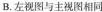
B.左视图与主视图相同